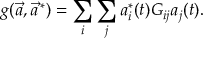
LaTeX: g ( \vec { a } , \vec { a } ^ { \, * } ) = \sum _ { i } \sum _ { j } a _ { i } ^ { * } ( t ) G _ { i j } a _ { j } ( t ) .